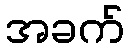
အခက်